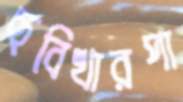
ছবিখারপা